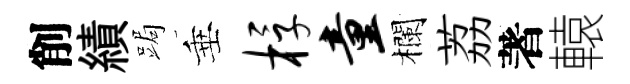
削績跼垂桴童欄荔著轅